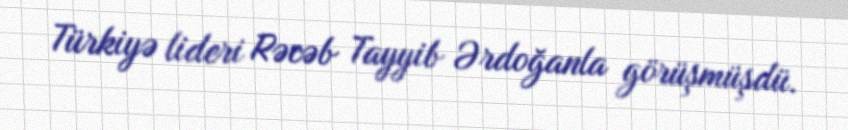
Türkiyə lideri Rəcəb Tayyib Ərdoğanla görüşmüşdü.